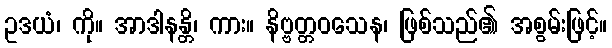
ဥဒယံ၊ ကို။ အာဒါနန္တိ၊ ကား။ နိဗ္ဗတ္တဝသေန၊ ဖြစ်သည်၏ အစွမ်းဖြင့်။